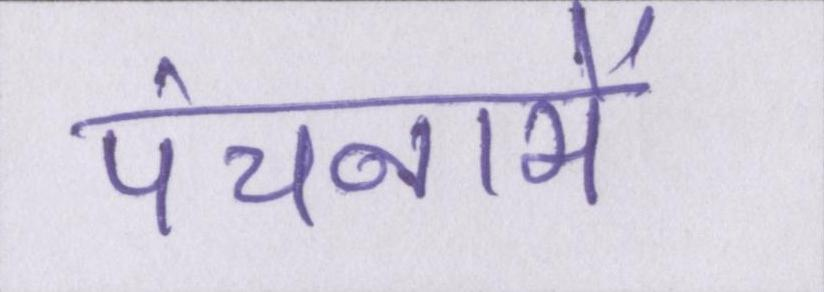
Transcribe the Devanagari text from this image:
पंचनामें